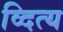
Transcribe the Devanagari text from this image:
व्दित्य